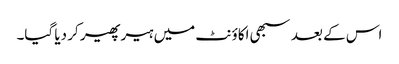
اس کے بعد سبھی اکاؤنٹ میں ہیر پھیر کر دیا گیا۔